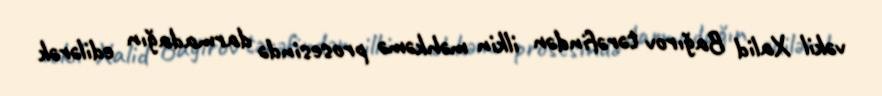
vəkil Xalid Bağırov tərəfindən ilkin məhkəmə prosesində darmadağın edilərək